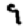
Digit: 9